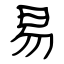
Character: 易